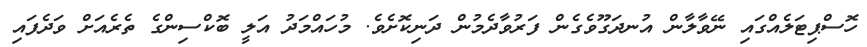
ހޮސްޕިޓަލެއްގައި ނޭވާލާން އުނދަގޫވެގެން ފަރުވާދެމުން ދަނިކޮށެވެ. މުހައްމަދު އަލީ ބޮކްސިންގެ ތެރެއަށް ވަދެފައި